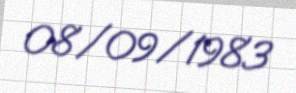
08/09/1983